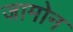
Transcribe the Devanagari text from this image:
जामोन